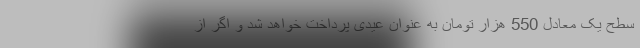
سطح یک معادل 550 هزار تومان به عنوان عیدی پرداخت خواهد شد و اگر از